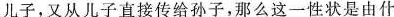
儿子，又从儿子直接传给孙子，那么这一性状是由什